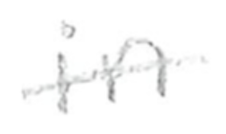
Text: in
Cross-out: single-line
Writing tool: pencil